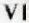
VE